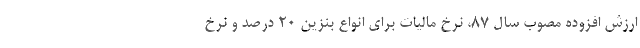
ارزش افزوده مصوب سال 87، نرخ مالیات برای انواع بنزین 20 درصد و نرخ